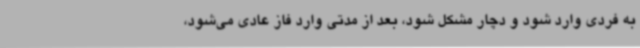
به فردی وارد شود و دچار مشکل شود، بعد از مدتی وارد فاز عادی می‌شود،